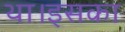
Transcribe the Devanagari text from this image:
था।इसका